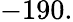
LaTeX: -190.